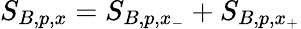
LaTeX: S_{B,p,x}=S_{B,p,x_{-}}+S_{B,p,x_{+}}